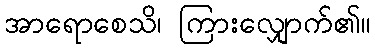
အာရောစေသိ၊ ကြားလျှောက်၏။